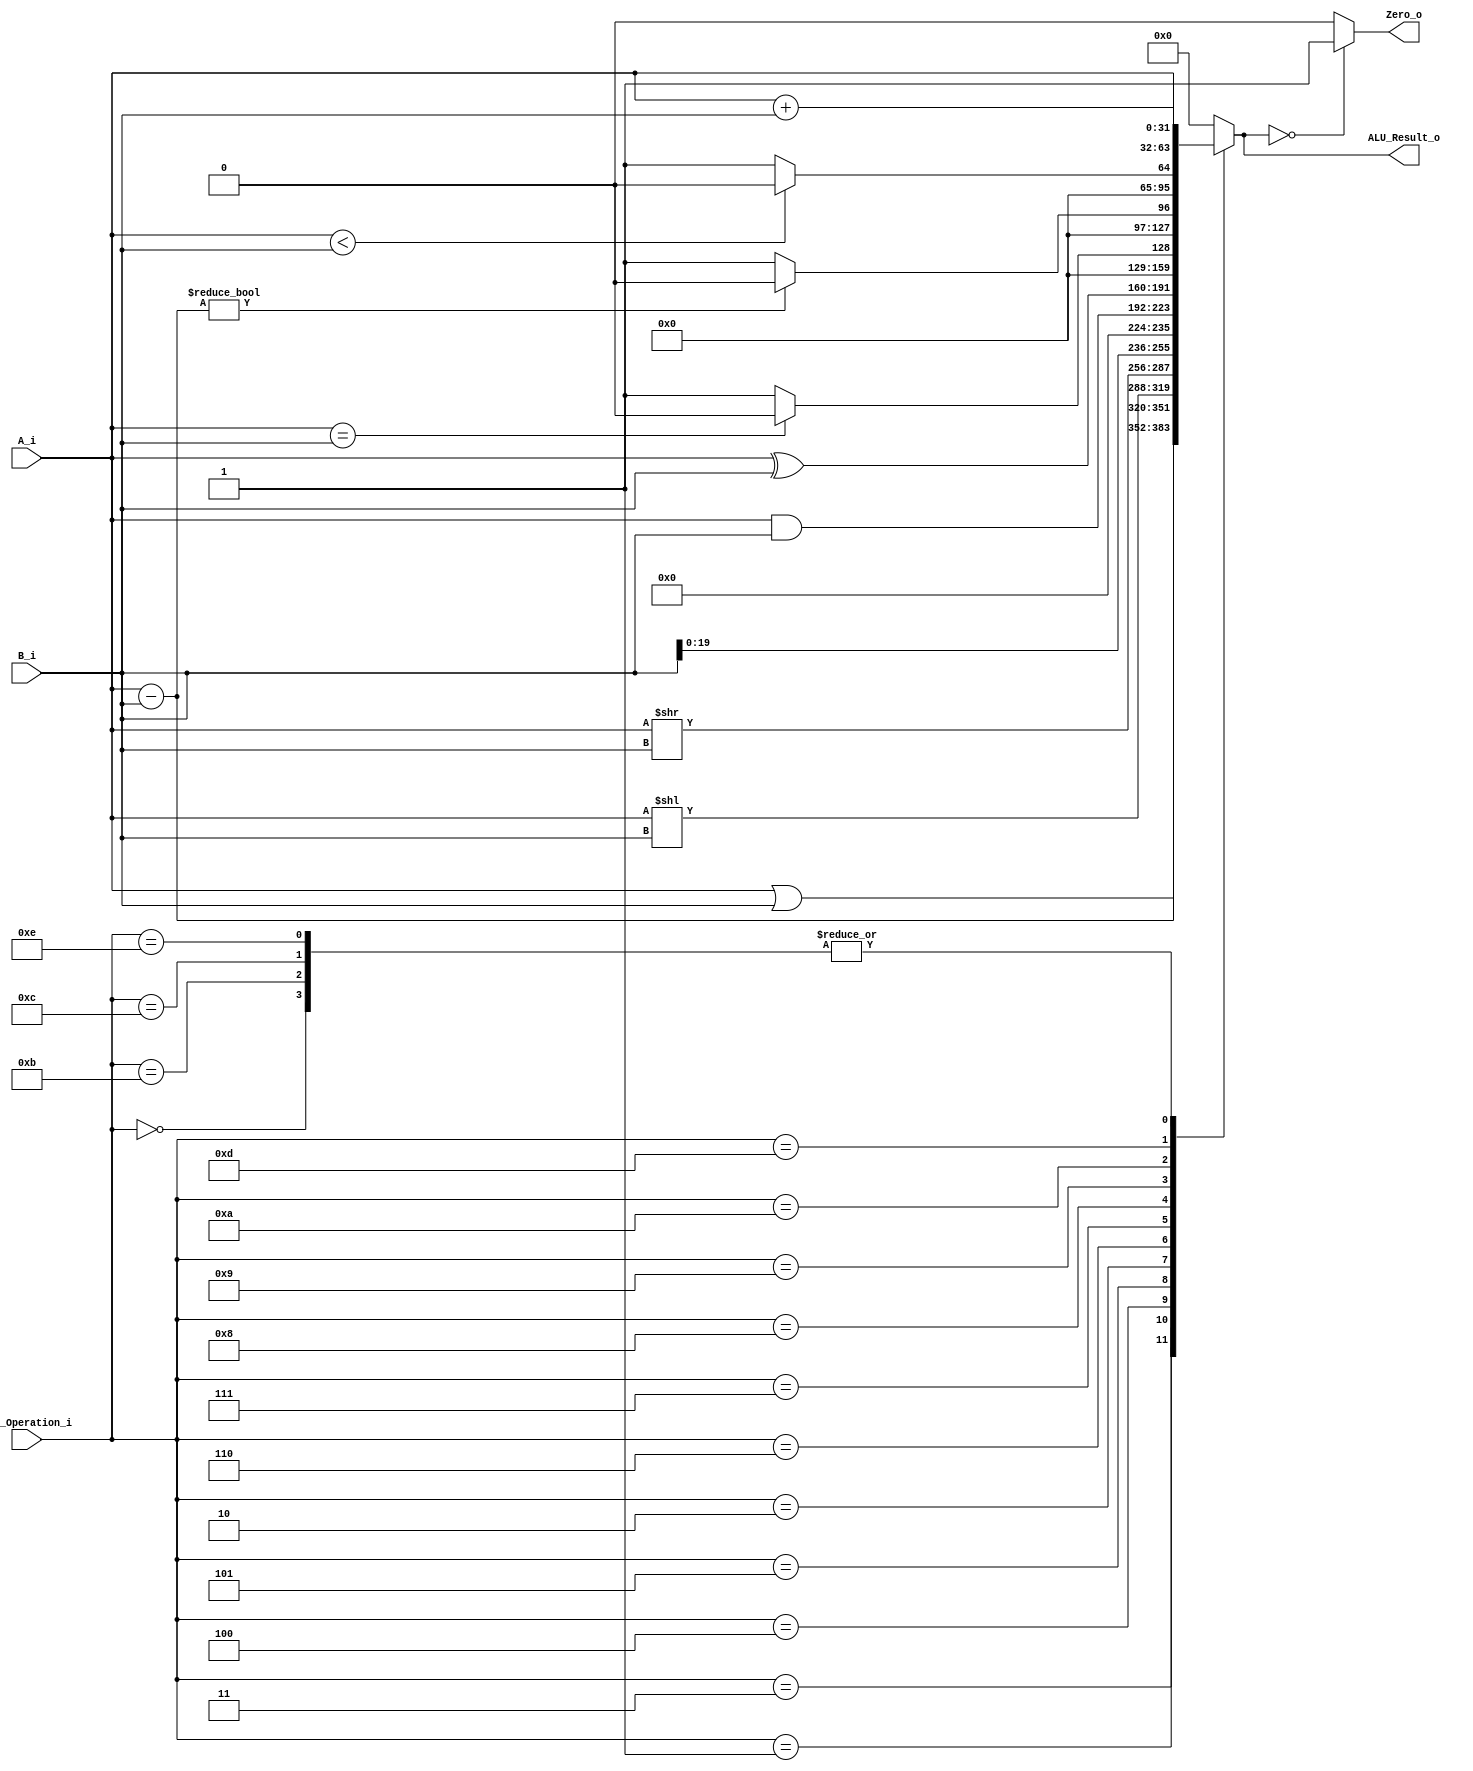
/******************************************************************
* Description
*	This is an 32-bit arithetic logic unit that can execute the next set of operations:
*		add

* This ALU is written by using behavioral description.
* Version:
*	1.0
* Author:
*	Samuel Valentin Lopez Valenzuela
*	16/08/2021
******************************************************************/

module ALU 
(
	input [3:0] ALU_Operation_i,
	input signed [31:0] A_i,
	input signed [31:0] B_i,
	output reg Zero_o,
	output reg [31:0] ALU_Result_o
);

///////////////////////////////////////////////////////////////////
//Variables////////////////////////////////////////////////////////

localparam ADD = 4'b0000;
localparam OR  = 4'b0011;
localparam SUB  = 4'b0001;
localparam SLL = 4'b0100;
localparam SRL = 4'b0101; 
localparam LUI  = 4'b0010; 

localparam AND	 = 4'b0110;
localparam XOR  = 4'b0111;
localparam BEQ  = 4'b1000;
localparam BNE  = 4'b1001;
localparam BLT  = 4'b1010;
localparam SW   = 4'b1011;
localparam LW   = 4'b1100;
localparam JAL  = 4'b1101;
localparam JALR = 4'b1110;

///////////////////////////////////////////////////////////////////
   
   always @ (A_i or B_i or ALU_Operation_i)
     begin
		case (ALU_Operation_i)
		ADD:
			ALU_Result_o = A_i + B_i;
			
		OR:
			ALU_Result_o = A_i | B_i;
			
		SUB:
			ALU_Result_o = A_i - B_i;
			
		SLL:
			ALU_Result_o = A_i << B_i;
		
		SRL:
			ALU_Result_o = A_i >> B_i;
			
		LUI:
			ALU_Result_o = B_i << 12;
	
		AND:										
			ALU_Result_o = A_i & B_i;
			
		XOR:										
			ALU_Result_o = A_i ^ B_i;
				
		BEQ:
			ALU_Result_o = (A_i == B_i) ? 0: 1 ;
				
		BNE:
			ALU_Result_o = (A_i - B_i != 0) ? 0 : 1;
			
		BLT:
			ALU_Result_o = (A_i < B_i) ? 0 : 1;
			
		SW:
			ALU_Result_o = ( A_i + B_i );
				
		LW:
			ALU_Result_o = ( A_i + B_i );
				
		JAL:
			ALU_Result_o =  A_i;
			
		JALR:
			ALU_Result_o = A_i + B_i;	


		default:
			ALU_Result_o = 0;
			
		endcase // case(control)
		
		Zero_o = (ALU_Result_o == 0) ? 1'b1 : 1'b0;
		
     end // always @ (A or B or control)
endmodule // ALU